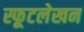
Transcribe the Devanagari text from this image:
स्फूटलेखन